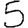
Digit: 5